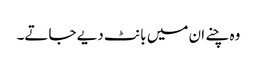
وہ چنے ان میں بانٹ دیے جاتے۔